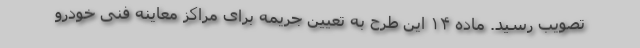
تصویب رسید. ماده ۱۴ این طرح به تعیین جریمه برای مراکز معاینه فنی خودرو